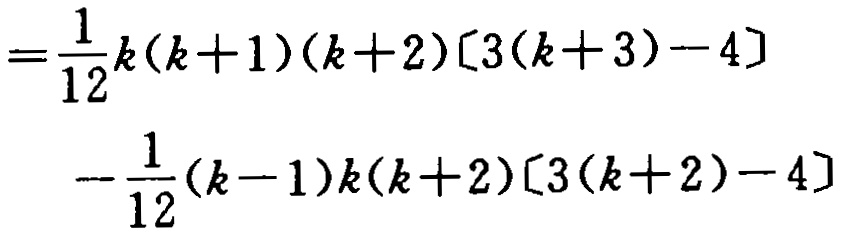
\[

\begin{align*}

=&\frac{1}{12}k(k + 1)(k + 2)[3(k + 3)-4]\\

&-\frac{1}{12}(k - 1)k(k + 2)[3(k + 2)-4]

\end{align*}

\]